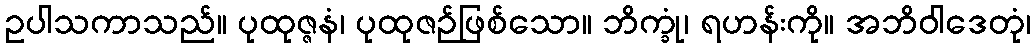
ဥပါသကာသည်။ ပုထုဇ္ဇနံ၊ ပုထုဇဉ်ဖြစ်သော။ ဘိက္ခုံ၊ ရဟန်းကို။ အဘိဝါဒေတုံ၊